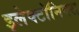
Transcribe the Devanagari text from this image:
इलेक्टॉनिक्स